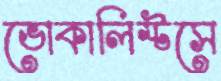
ভোকালিস্টসে